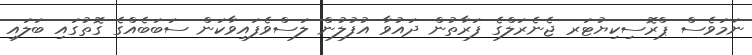
ނަމަވެސް ޕްރޮސިކިޔުޓަރ ޖެނެރަލްގެ ފަރާތުން ދައުވާ އުފުލުން ލަސްވެފައިވާކަން ސަބަބެއްގެ ގޮތުގައި ބަލައި